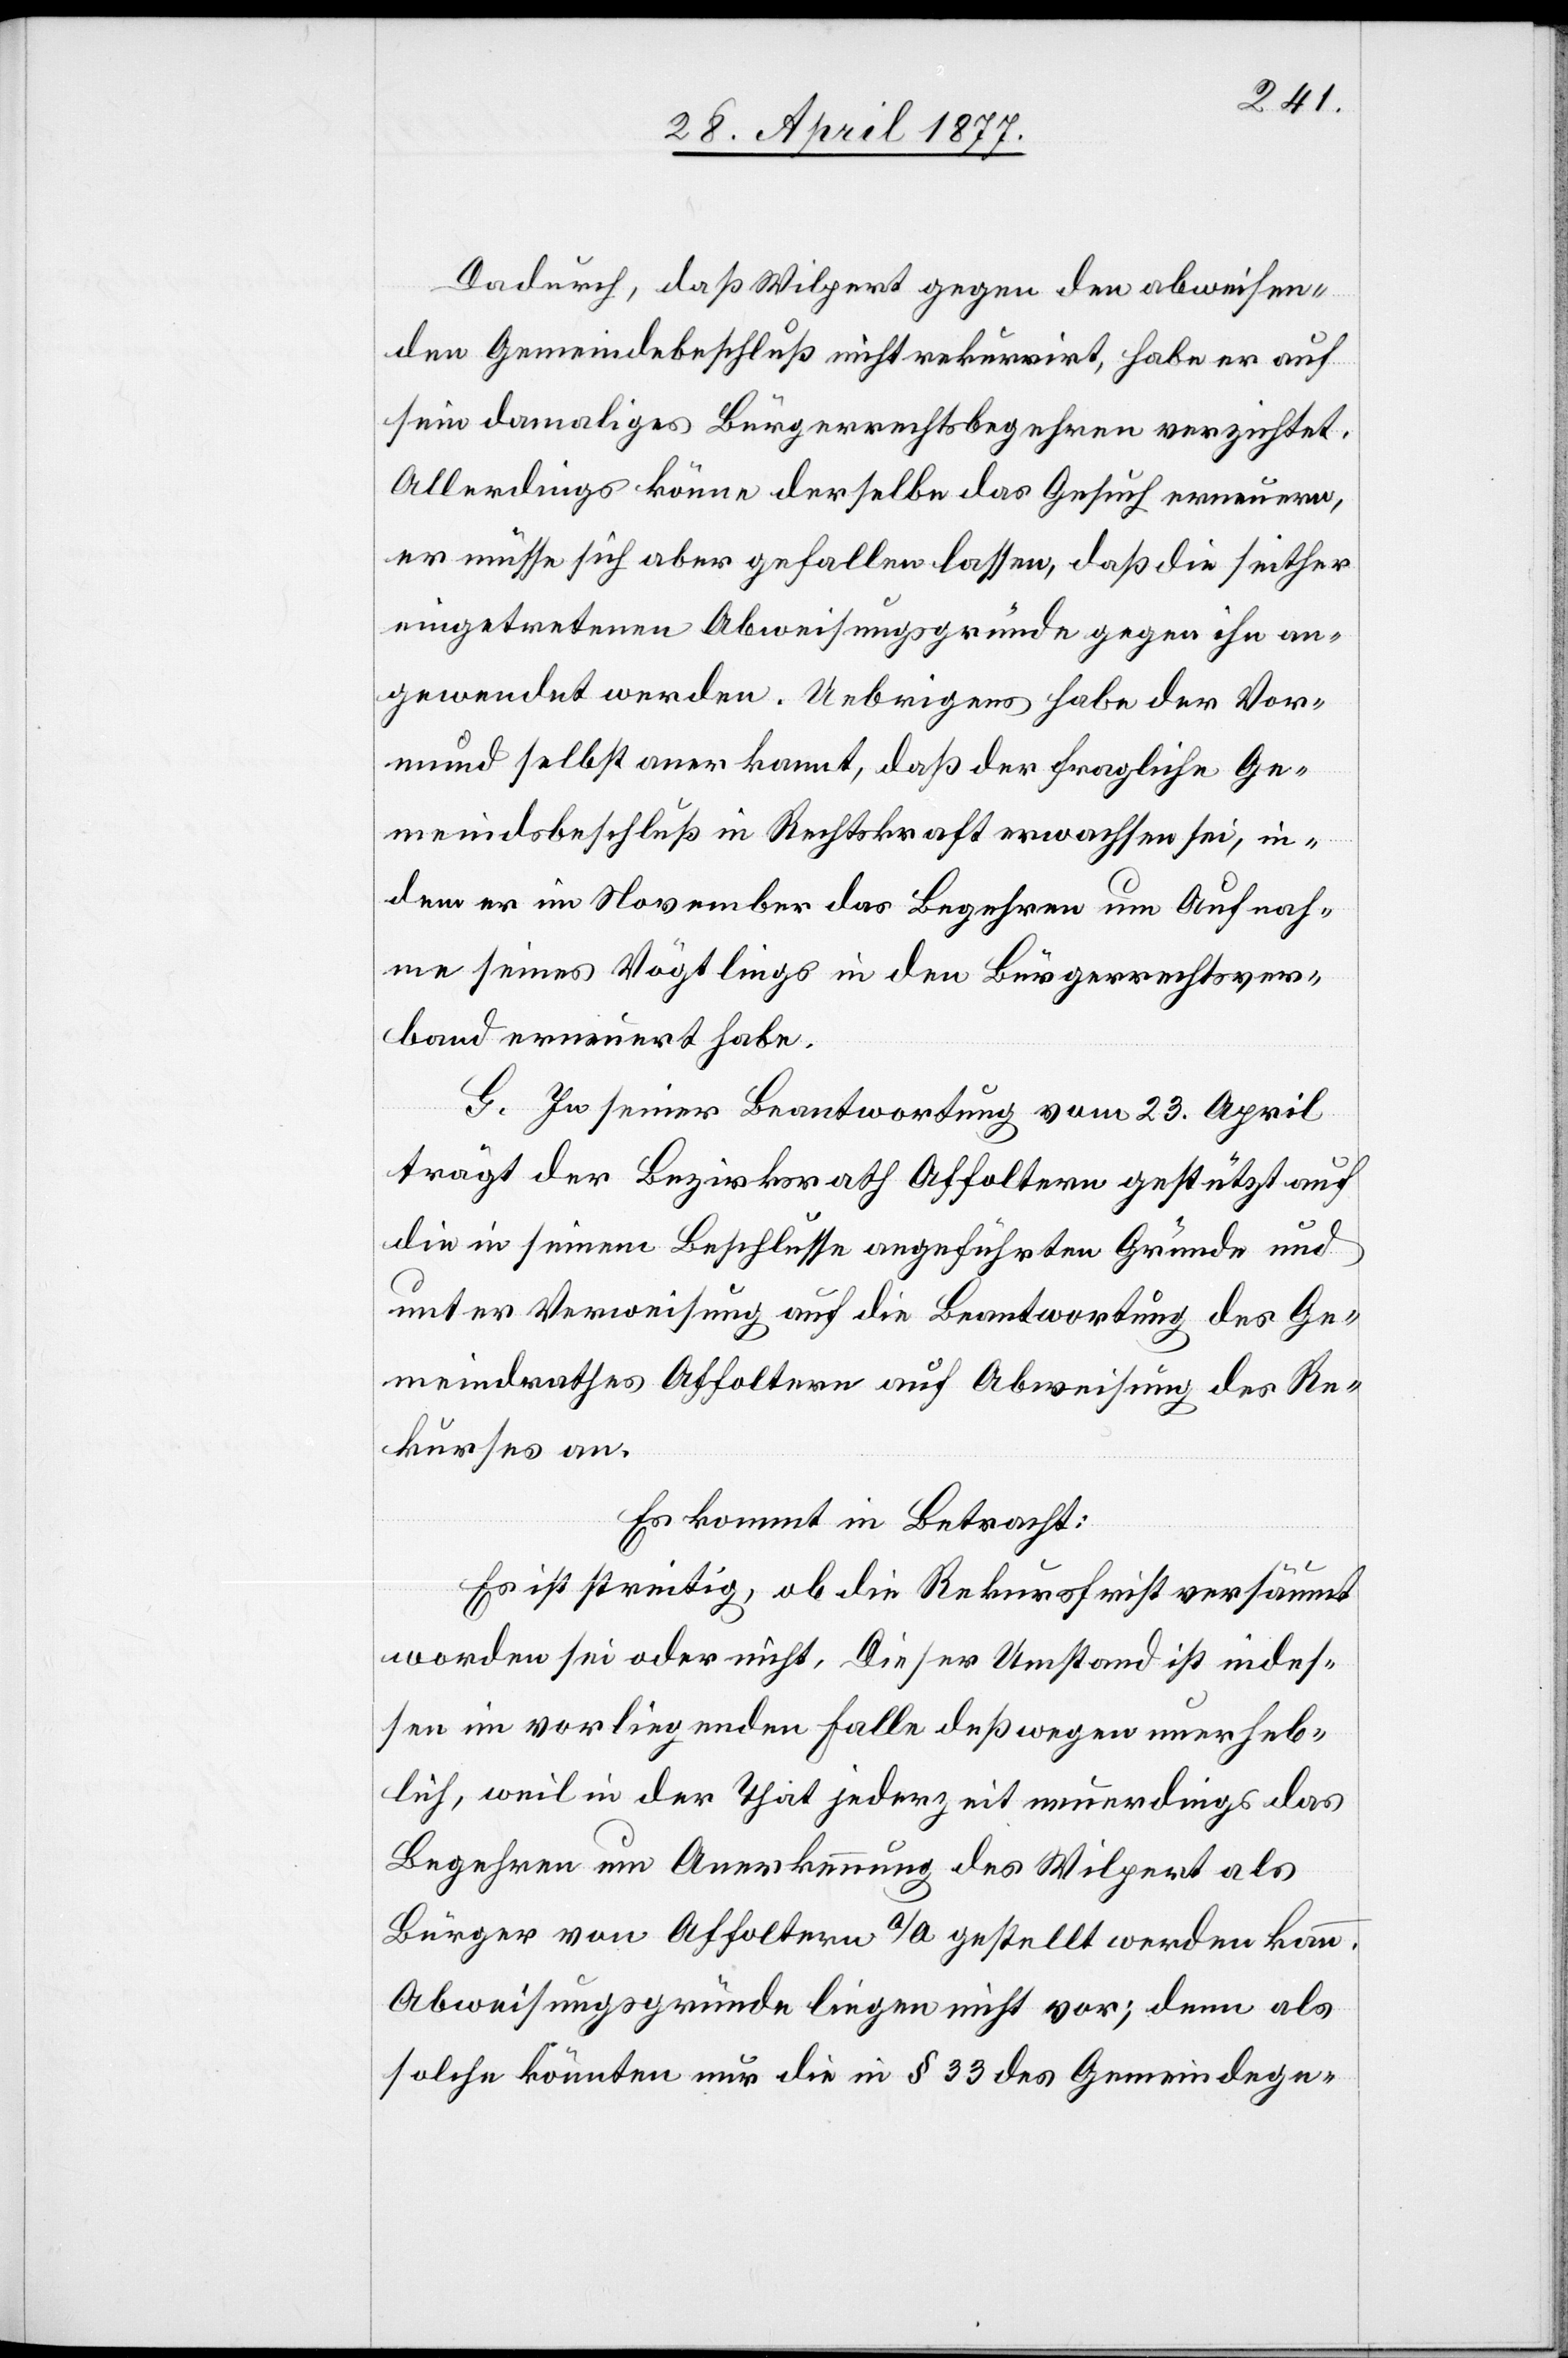
Dadurch, daß Wilpert gegen den abweisen¬
den Gemeindebeschluß nicht rekurrirt, habe er auf
sein damaliges Bürgerrechtsbegehren verzichtet.
Allerdings könne derselbe das Gesuch erneuern,
er müsse sich aber gefallen lassen, daß die seither
eingetretenen Abweisungsgründe gegen ihn an¬
gewendet werden. Uebrigens habe der Vor¬
mund selbst anerkannt, daß der fragliche Ge¬
meindsbeschluß in Rechtskraft erwachsen sei, in¬
dem er im November das Begehren um Aufnah¬
me seines Vögtlings in den Bürgerrechtsver¬
band erneuert habe.
G. In seiner Beantwortung vom 23. April
trägt der Bezirksrath Affoltern gestützt auf
die in seinem Beschlusse angeführten Gründe und
unter Verweisung auf die Beantwortung des Ge¬
meindrathes Affoltern auf Abweisung des Re¬
kurses an.
Es kommt in Betracht:
Es ist streitig, ob die Rekursfrist versäumt
worden sei oder nicht. Dieser Umstand ist indes¬
sen im vorliegenden Falle deßwegen unerheb¬
lich, weil in der That jederzeit neuerdings das
Begehren um Anerkennung des Wilpert als
Bürger von Affoltern a/A. gestellt werden kann.
Abweisungsgründe liegen nicht vor; denn als
solche könnten nur die in § 33 des Gemeindege-